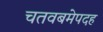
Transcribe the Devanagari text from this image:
चतवबमेपदह